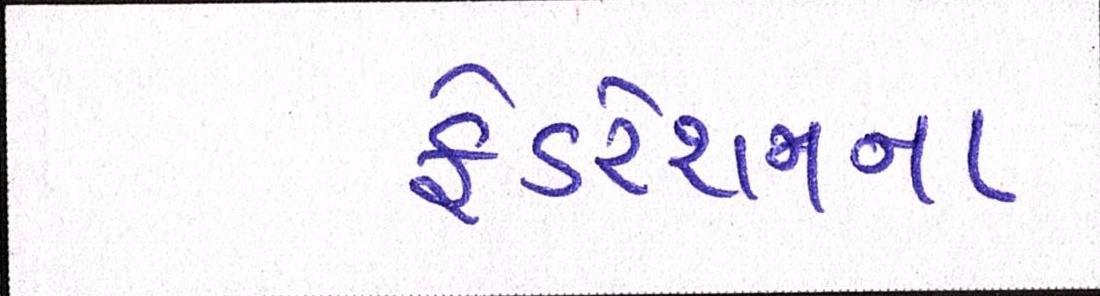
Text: ફેડરેશનના